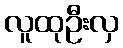
လူထုဦးလှ